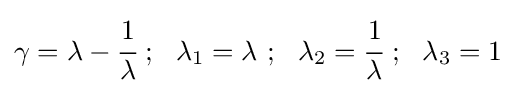
\gamma =\lambda -{\cfrac {1}{\lambda }}~;~~\lambda _{1}=\lambda ~;~~\lambda _{2}={\cfrac {1}{\lambda }}~;~~\lambda _{3}=1